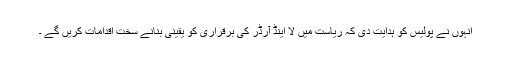
انہوں نے پولیس کو ہدایت دی کہ ریاست میں لا اینڈ آرڈر کی برقراری کو یقینی بنانے سخت اقدامات کریں گے ۔